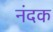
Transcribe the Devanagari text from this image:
नंदक